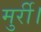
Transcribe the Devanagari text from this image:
मुर्री।